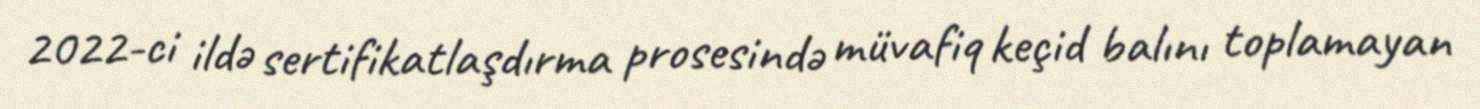
2022-ci ildə sertifikatlaşdırma prosesində müvafiq keçid balını toplamayan